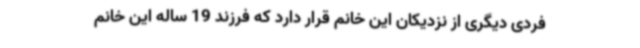
فردی دیگری از نزدیکان این خانم قرار دارد که فرزند 19 ساله این خانم